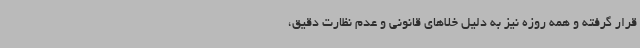
قرار گرفته و همه روزه نیز به دلیل خلاهای قانونی و عدم نظارت دقیق،